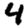
Digit: 4